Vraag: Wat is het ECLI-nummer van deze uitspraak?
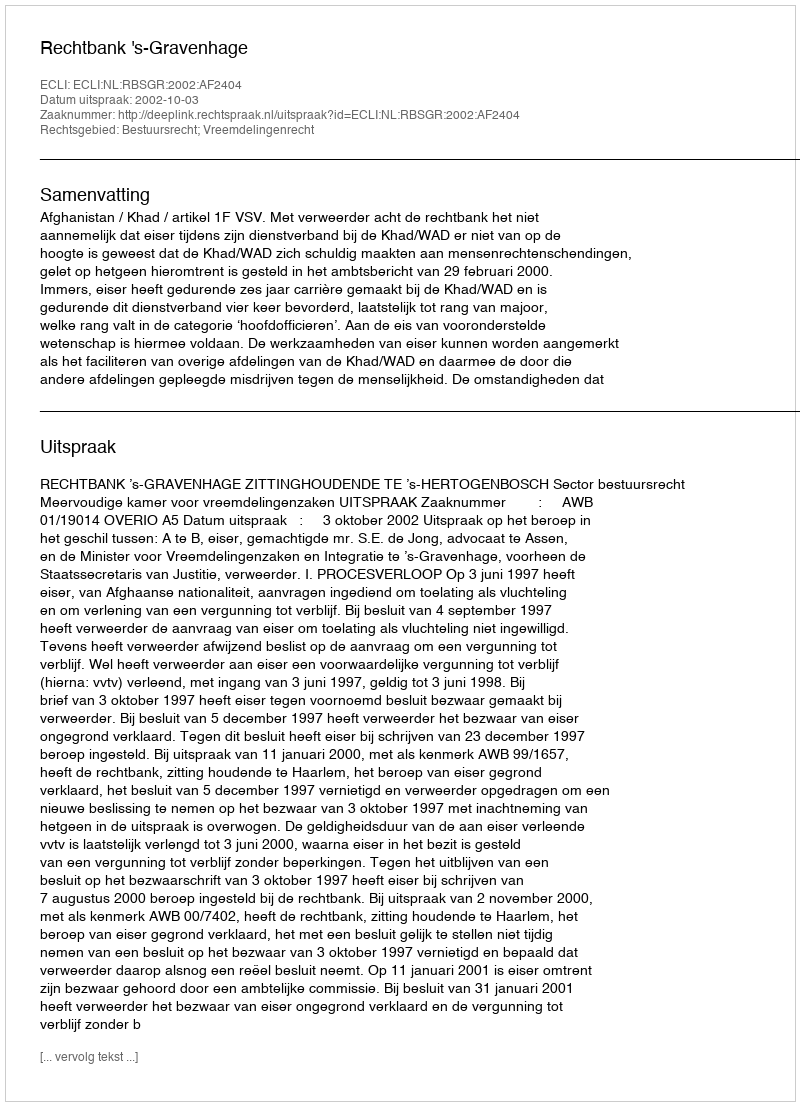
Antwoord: ECLI:NL:RBSGR:2002:AF2404